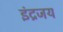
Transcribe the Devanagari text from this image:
इंद्रजय